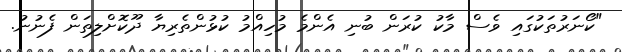
"ކޯނަރުތަކުގައި ވެސް މާކު ކުރަން ބުނި އެންމެ މުހިއްމު ކުޅުންތެރިޔާ ދޫކޮށްލިތަން ފެނުނު.